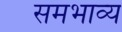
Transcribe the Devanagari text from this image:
समभाव्य